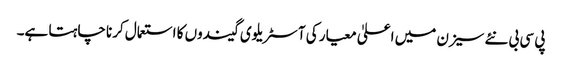
پی سی بی نئے سیزن میں اعلیٰ معیار کی آسٹریلوی گیندوں کا استعمال کرنا چاہتا ہے۔